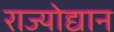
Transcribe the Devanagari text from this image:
राज्योद्यान